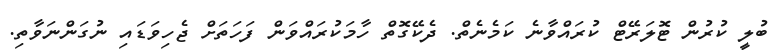
ބުލީ ކުރުން ޓޮލަރޭޓް ކުރައްވާނެ ކަމެނެތް. ދެކޭގޮތް ހާމަކުރައްވަން ފަހަތަށް ޖެހިވަޑައި ނުގަންނަވާތި.